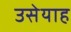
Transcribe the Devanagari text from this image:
उसेयाह